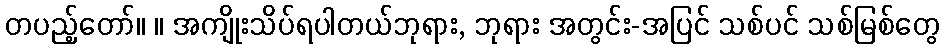
တပည့်တော်။ ။ အကျိုးသိပ်ရပါတယ်ဘုရား, ဘုရား အတွင်း-အပြင် သစ်ပင် သစ်မြစ်တွေ